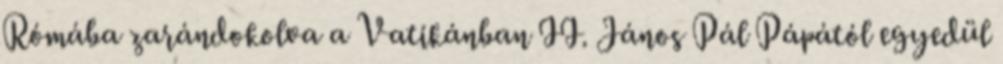
Rómába zarándokolva a Vatikánban II. János Pál Pápától egyedül